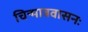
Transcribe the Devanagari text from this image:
चिन्मात्रवासनः